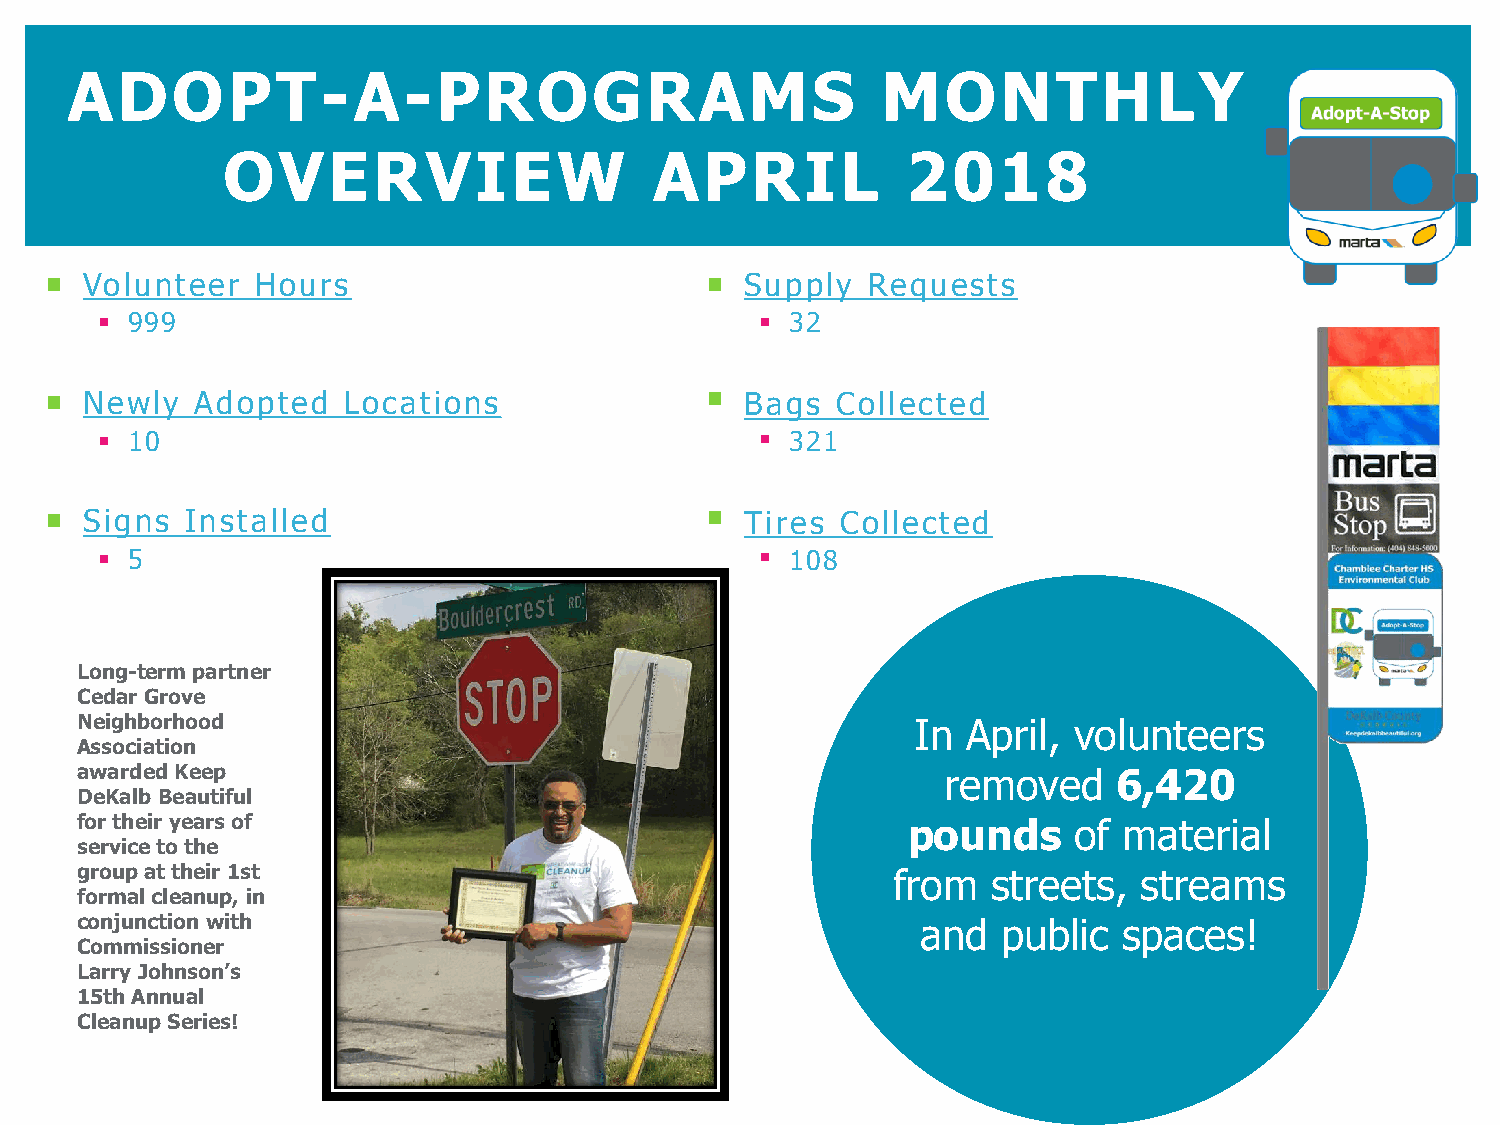
ADOPT-A-PROGRAMS                                      MONTHLY
 OVERVIEW                    APRIL            2018
  Volunteer   Hours                          Supply  Requests
  999                                        32
  Newly   Adopted   Locations                Bags  Collected
  10                                         321
  Signs  Installed                           Tires  Collected
  5                                          108
 Long-term partner
 Cedar Grove
 Neighborhood                                            In April, volunteers
 Association
 awarded Keep                                             removed     6,420
 DeKalb Beautiful
 for their years of                                     pounds     of material
 service to the
 group at their 1st                                    from   streets,  streams
 formal cleanup, in
 conjunction with                                        and  public  spaces!
 Commissioner
 Larry Johnson’s
 15th Annual
 Cleanup Series!